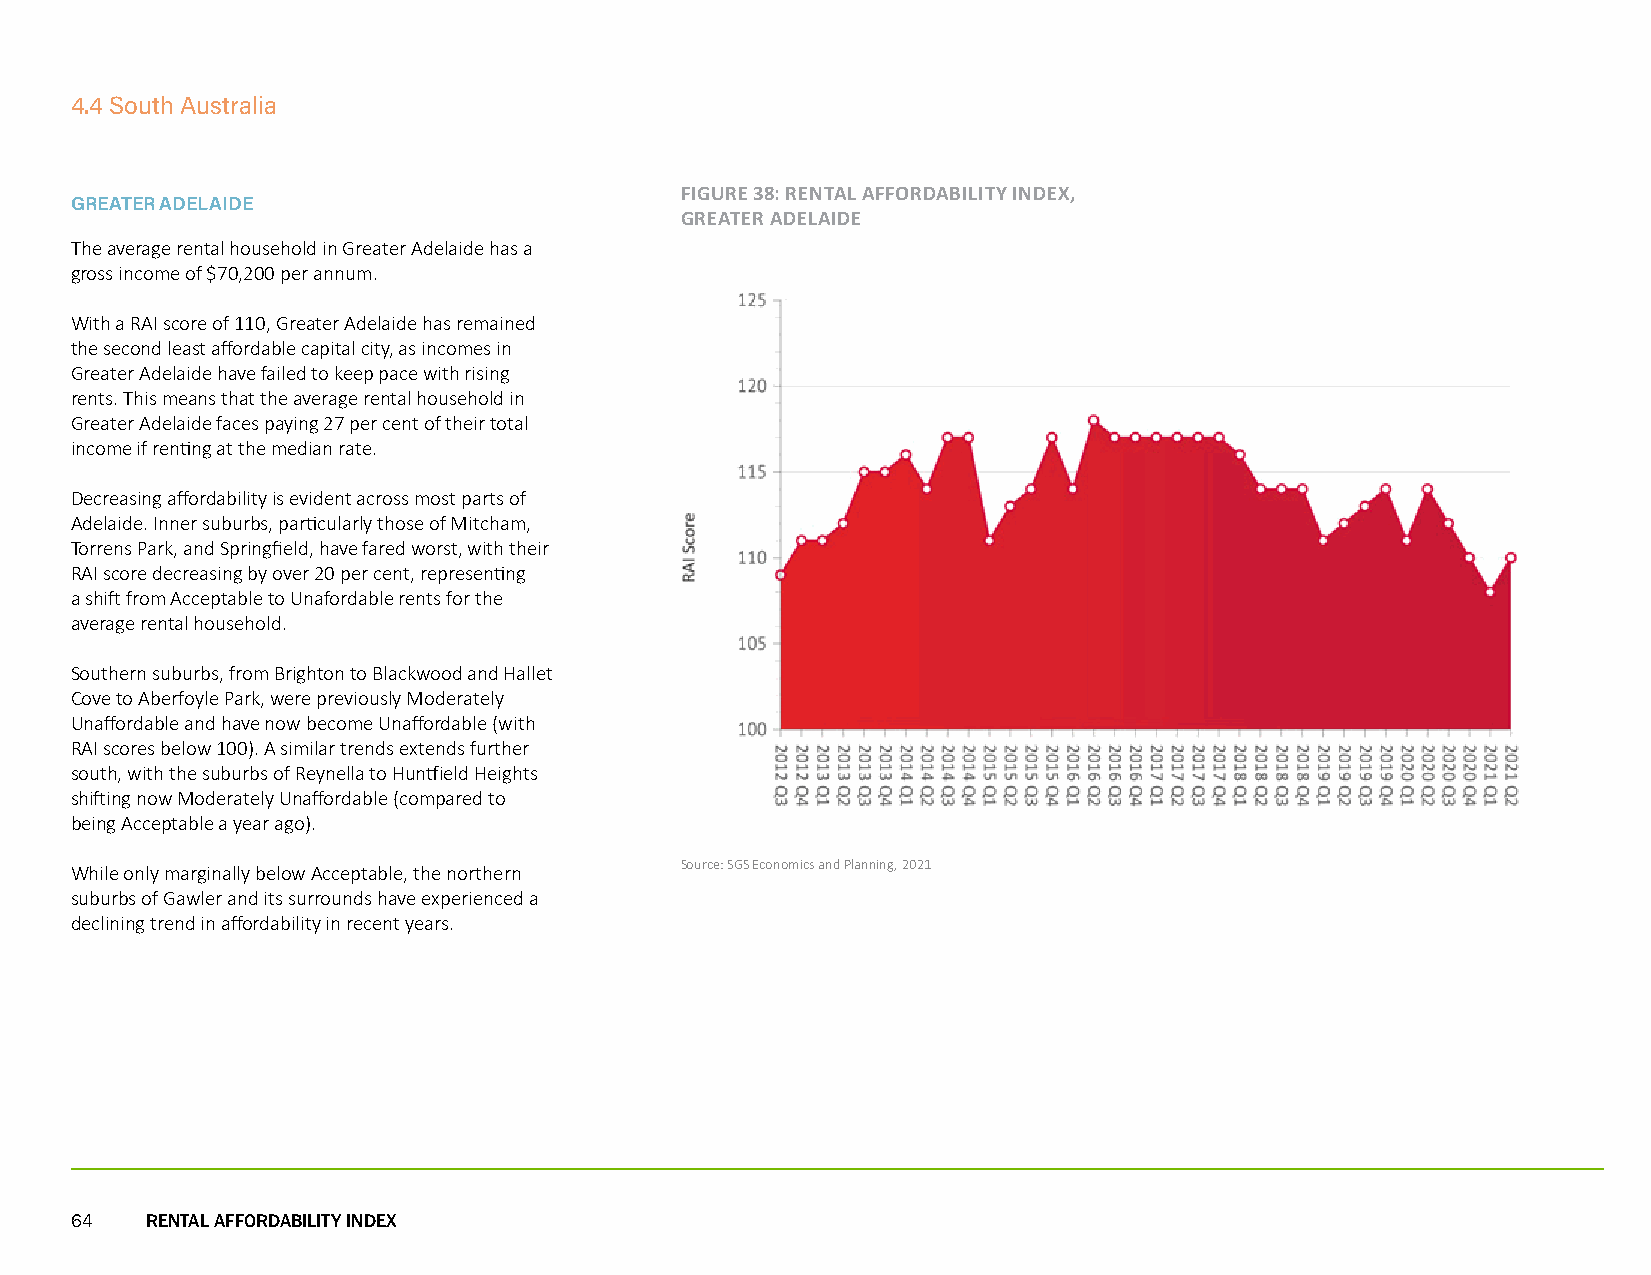
4.4 South Australia
 FIGURE 38: RENTAL AFFORDABILITY INDEX,
 GREATER ADELAIDE
 GREATER ADELAIDE
 The average rental household in Greater Adelaide has a
 gross income of $70,200 per annum.
 With a RAI score of 110, Greater Adelaide has remained
 the second least affordable capital city, as incomes in
 Greater Adelaide have failed to keep pace with rising
 rents. This means that the average rental household in
 Greater Adelaide faces paying 27 per cent of their total
 income if renting at the median rate.
 Decreasing affordability is evident across most parts of
 Adelaide. Inner suburbs, particularly those of Mitcham,
 Torrens Park, and Springfield, have fared worst, with their
 RAI score decreasing by over 20 per cent, representing
 a shift from Acceptable to Unafordable rents for the
 average rental household.
 Southern suburbs, from Brighton to Blackwood and Hallet
 Cove to Aberfoyle Park, were previously Moderately
 Unaffordable and have now become Unaffordable (with
 RAI scores below 100). A similar trends extends further
 south, with the suburbs of Reynella to Huntfield Heights
 shifting now Moderately Unaffordable (compared to
 being Acceptable a year ago).
 Source: SGS Economics and Planning, 2021
 While only marginally below Acceptable, the northern
 suburbs of Gawler and its surrounds have experienced a
 declining trend in affordability in recent years.
 64   RENTAL AFFORDABILITY INDEX